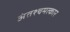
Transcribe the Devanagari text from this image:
अंतश्चमत्कार